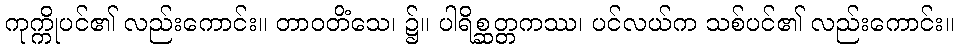
ကုက္ကိုပင်၏ လည်းကောင်း။ တာဝတိံသေ၊ ၌။ ပါရိစ္ဆတ္တကဿ၊ ပင်လယ်က သစ်ပင်၏ လည်းကောင်း။